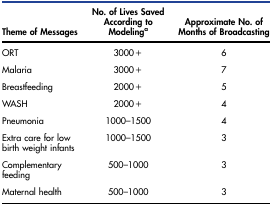
<table><thead><tr><td><b>Theme of Messages</b></td><td><b>No. of Lives Saved According to Modeling<sup>a</sup></b></td><td><b>Approximate No. of Months of Broadcasting</b></td></tr></thead><tbody><tr><td>ORT</td><td>3000+</td><td>6</td></tr><tr><td>Malaria</td><td>3000+</td><td>7</td></tr><tr><td>Breastfeeding</td><td>2000+</td><td>5</td></tr><tr><td>WASH</td><td>2000+</td><td>4</td></tr><tr><td>Pneumonia</td><td>1000–1500</td><td>4</td></tr><tr><td>Extra care for low birth weight infants</td><td>1000–1500</td><td>3</td></tr><tr><td>Complementary feeding</td><td>500–1000</td><td>3</td></tr><tr><td>Maternal health</td><td>500–1000</td><td>3</td></tr></tbody></table>